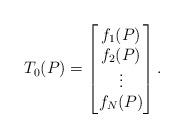
LaTeX: \begin{align*}T_0(P)=\begin{bmatrix} f_1(P) \\ f_2(P) \\ \vdots \\ f_N(P) \\ \end{bmatrix}.\end{align*}